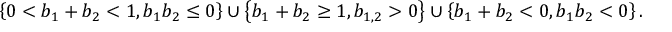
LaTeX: \left\{ 0 < b _ { 1 } + b _ { 2 } < 1 , b _ { 1 } b _ { 2 } \leq 0 \right\} \cup \left\{ b _ { 1 } + b _ { 2 } \geq 1 , b _ { 1 , 2 } > 0 \right\} \cup \left\{ b _ { 1 } + b _ { 2 } < 0 , b _ { 1 } b _ { 2 } < 0 \right\} .